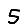
Digit: 5